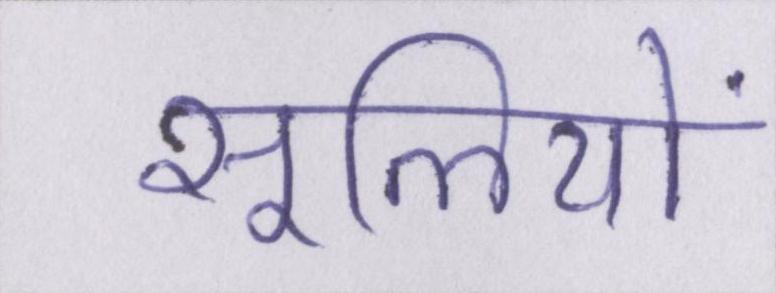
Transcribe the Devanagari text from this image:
सूलियों